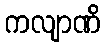
ကလျာဏိ